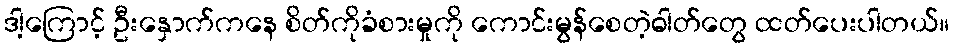
ဒါ့ကြောင့် ဦးနှောက်ကနေ စိတ်ကိုခံစားမှုကို ကောင်းမွန်စေတဲ့ဓါတ်တွေ ထတ်ပေးပါတယ်။